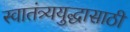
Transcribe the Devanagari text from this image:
स्वातंत्र्ययुद्धासाठी